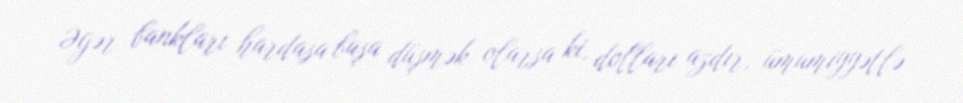
Əgər bankları hardasa başa düşmək olarsa ki, dolları azdır, ümumiyyətlə